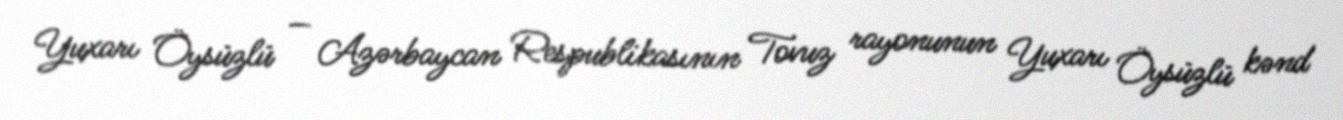
Yuxarı Öysüzlü — Azərbaycan Respublikasının Tovuz rayonunun Yuxarı Öysüzlü kənd